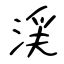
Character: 渓